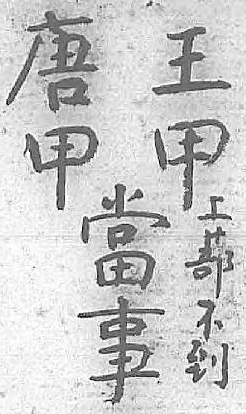
唐王當上甲甲事蔀   不   到